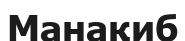
Манақиб